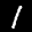
Label: 1